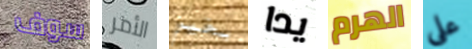
سوف الأمر بخير يدا الهرم على